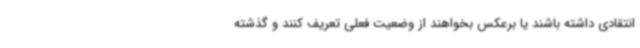
انتقادی داشته باشند یا برعکس بخواهند از وضعیت فعلی تعریف کنند و گذشته